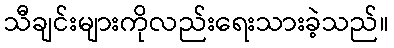
သီချင်းများကိုလည်းရေးသားခဲ့သည်။